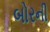
બોરની